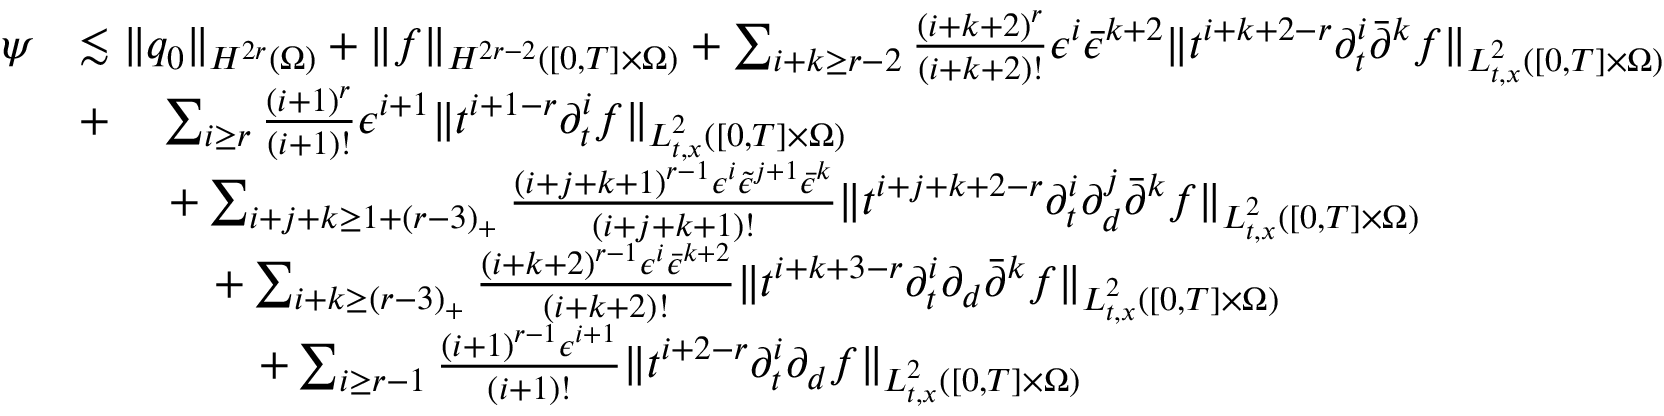
\begin{array} { r l } { \psi } & { \lesssim \| q _ { 0 } \| _ { H ^ { 2 r } ( \Omega ) } + \| f \| _ { H ^ { 2 r - 2 } ( [ 0 , T ] \times \Omega ) } + \sum _ { i + k \ge r - 2 } \frac { ( i + k + 2 ) ^ { r } } { ( i + k + 2 ) ! } \epsilon ^ { i } \bar { \epsilon } ^ { k + 2 } \| t ^ { i + k + 2 - r } \partial _ { t } ^ { i } \bar { \partial } ^ { k } f \| _ { L _ { t , x } ^ { 2 } ( [ 0 , T ] \times \Omega ) } } \\ & { + \quad \sum _ { i \ge r } \frac { ( i + 1 ) ^ { r } } { ( i + 1 ) ! } \epsilon ^ { i + 1 } \| t ^ { i + 1 - r } \partial _ { t } ^ { i } f \| _ { L _ { t , x } ^ { 2 } ( [ 0 , T ] \times \Omega ) } } \\ & { \quad \quad + \sum _ { i + j + k \ge 1 + ( r - 3 ) _ { + } } \frac { ( i + j + k + 1 ) ^ { r - 1 } \epsilon ^ { i } \tilde { \epsilon } ^ { j + 1 } \bar { \epsilon } ^ { k } } { ( i + j + k + 1 ) ! } \| t ^ { i + j + k + 2 - r } \partial _ { t } ^ { i } \partial _ { d } ^ { j } \bar { \partial } ^ { k } f \| _ { L _ { t , x } ^ { 2 } ( [ 0 , T ] \times \Omega ) } } \\ & { \quad \quad \quad + \sum _ { i + k \ge ( r - 3 ) _ { + } } \frac { ( i + k + 2 ) ^ { r - 1 } \epsilon ^ { i } \bar { \epsilon } ^ { k + 2 } } { ( i + k + 2 ) ! } \| t ^ { i + k + 3 - r } \partial _ { t } ^ { i } \partial _ { d } \bar { \partial } ^ { k } f \| _ { L _ { t , x } ^ { 2 } ( [ 0 , T ] \times \Omega ) } } \\ & { \quad \quad \quad \quad + \sum _ { i \ge r - 1 } \frac { ( i + 1 ) ^ { r - 1 } \epsilon ^ { i + 1 } } { ( i + 1 ) ! } \| t ^ { i + 2 - r } \partial _ { t } ^ { i } \partial _ { d } f \| _ { L _ { t , x } ^ { 2 } ( [ 0 , T ] \times \Omega ) } } \end{array}